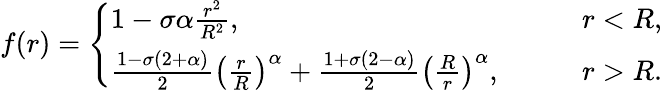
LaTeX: f(r)=\left\{ \begin{array}{ll}{{1-\sigma\alpha\frac{r^{2}}{R^{2}},}}&{{\qquad r<R,}}\\ {{\frac{1-\sigma(2+\alpha)}{2}\left(\frac{r}{R}\right)^{\alpha}+\frac{1+\sigma(2-\alpha)}{2}\left(\frac{R}{r}\right)^{\alpha},}}&{{\qquad r>R.}}\end{array}\right.